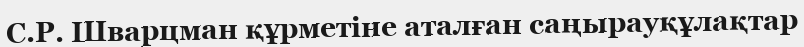
С.Р. Шварцман құрметіне аталған саңырауқұлақтар